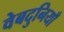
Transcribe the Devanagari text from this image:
वेबदुनियाँ